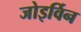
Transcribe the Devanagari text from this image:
जोइर्विन